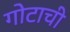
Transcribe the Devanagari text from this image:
गोटाची